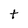
Character: t